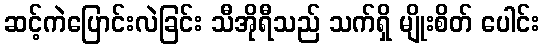
ဆင့်ကဲပြောင်းလဲခြင်း သီအိုရီသည် သက်ရှိ မျိုးစိတ် ပေါင်း